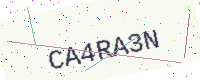
Text: CA4RA3N